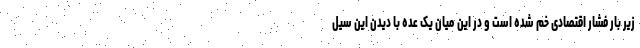
زیر بار فشار اقتصادی خم شده است و در این میان یک عده با دیدن این سیل